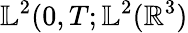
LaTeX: \mathbb{L}^{2}(0,T;\mathbb{L}^{2}(\mathbb{R}^{3})